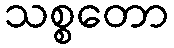
သစ္စတော